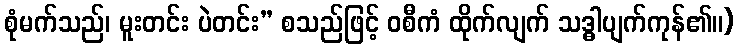
စုံမက်သည်၊ မူးတင်း ပဲတင်း” စသည်ဖြင့် ဝစီကံ ထိုက်လျက် သဒ္ဓါပျက်ကုန်၏။)